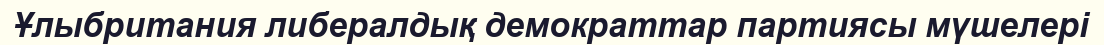
Ұлыбритания либералдық демократтар партиясы мүшелері